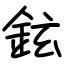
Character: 鉉